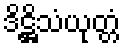
ဒိဋ္ဌိသံယုတ္တံ